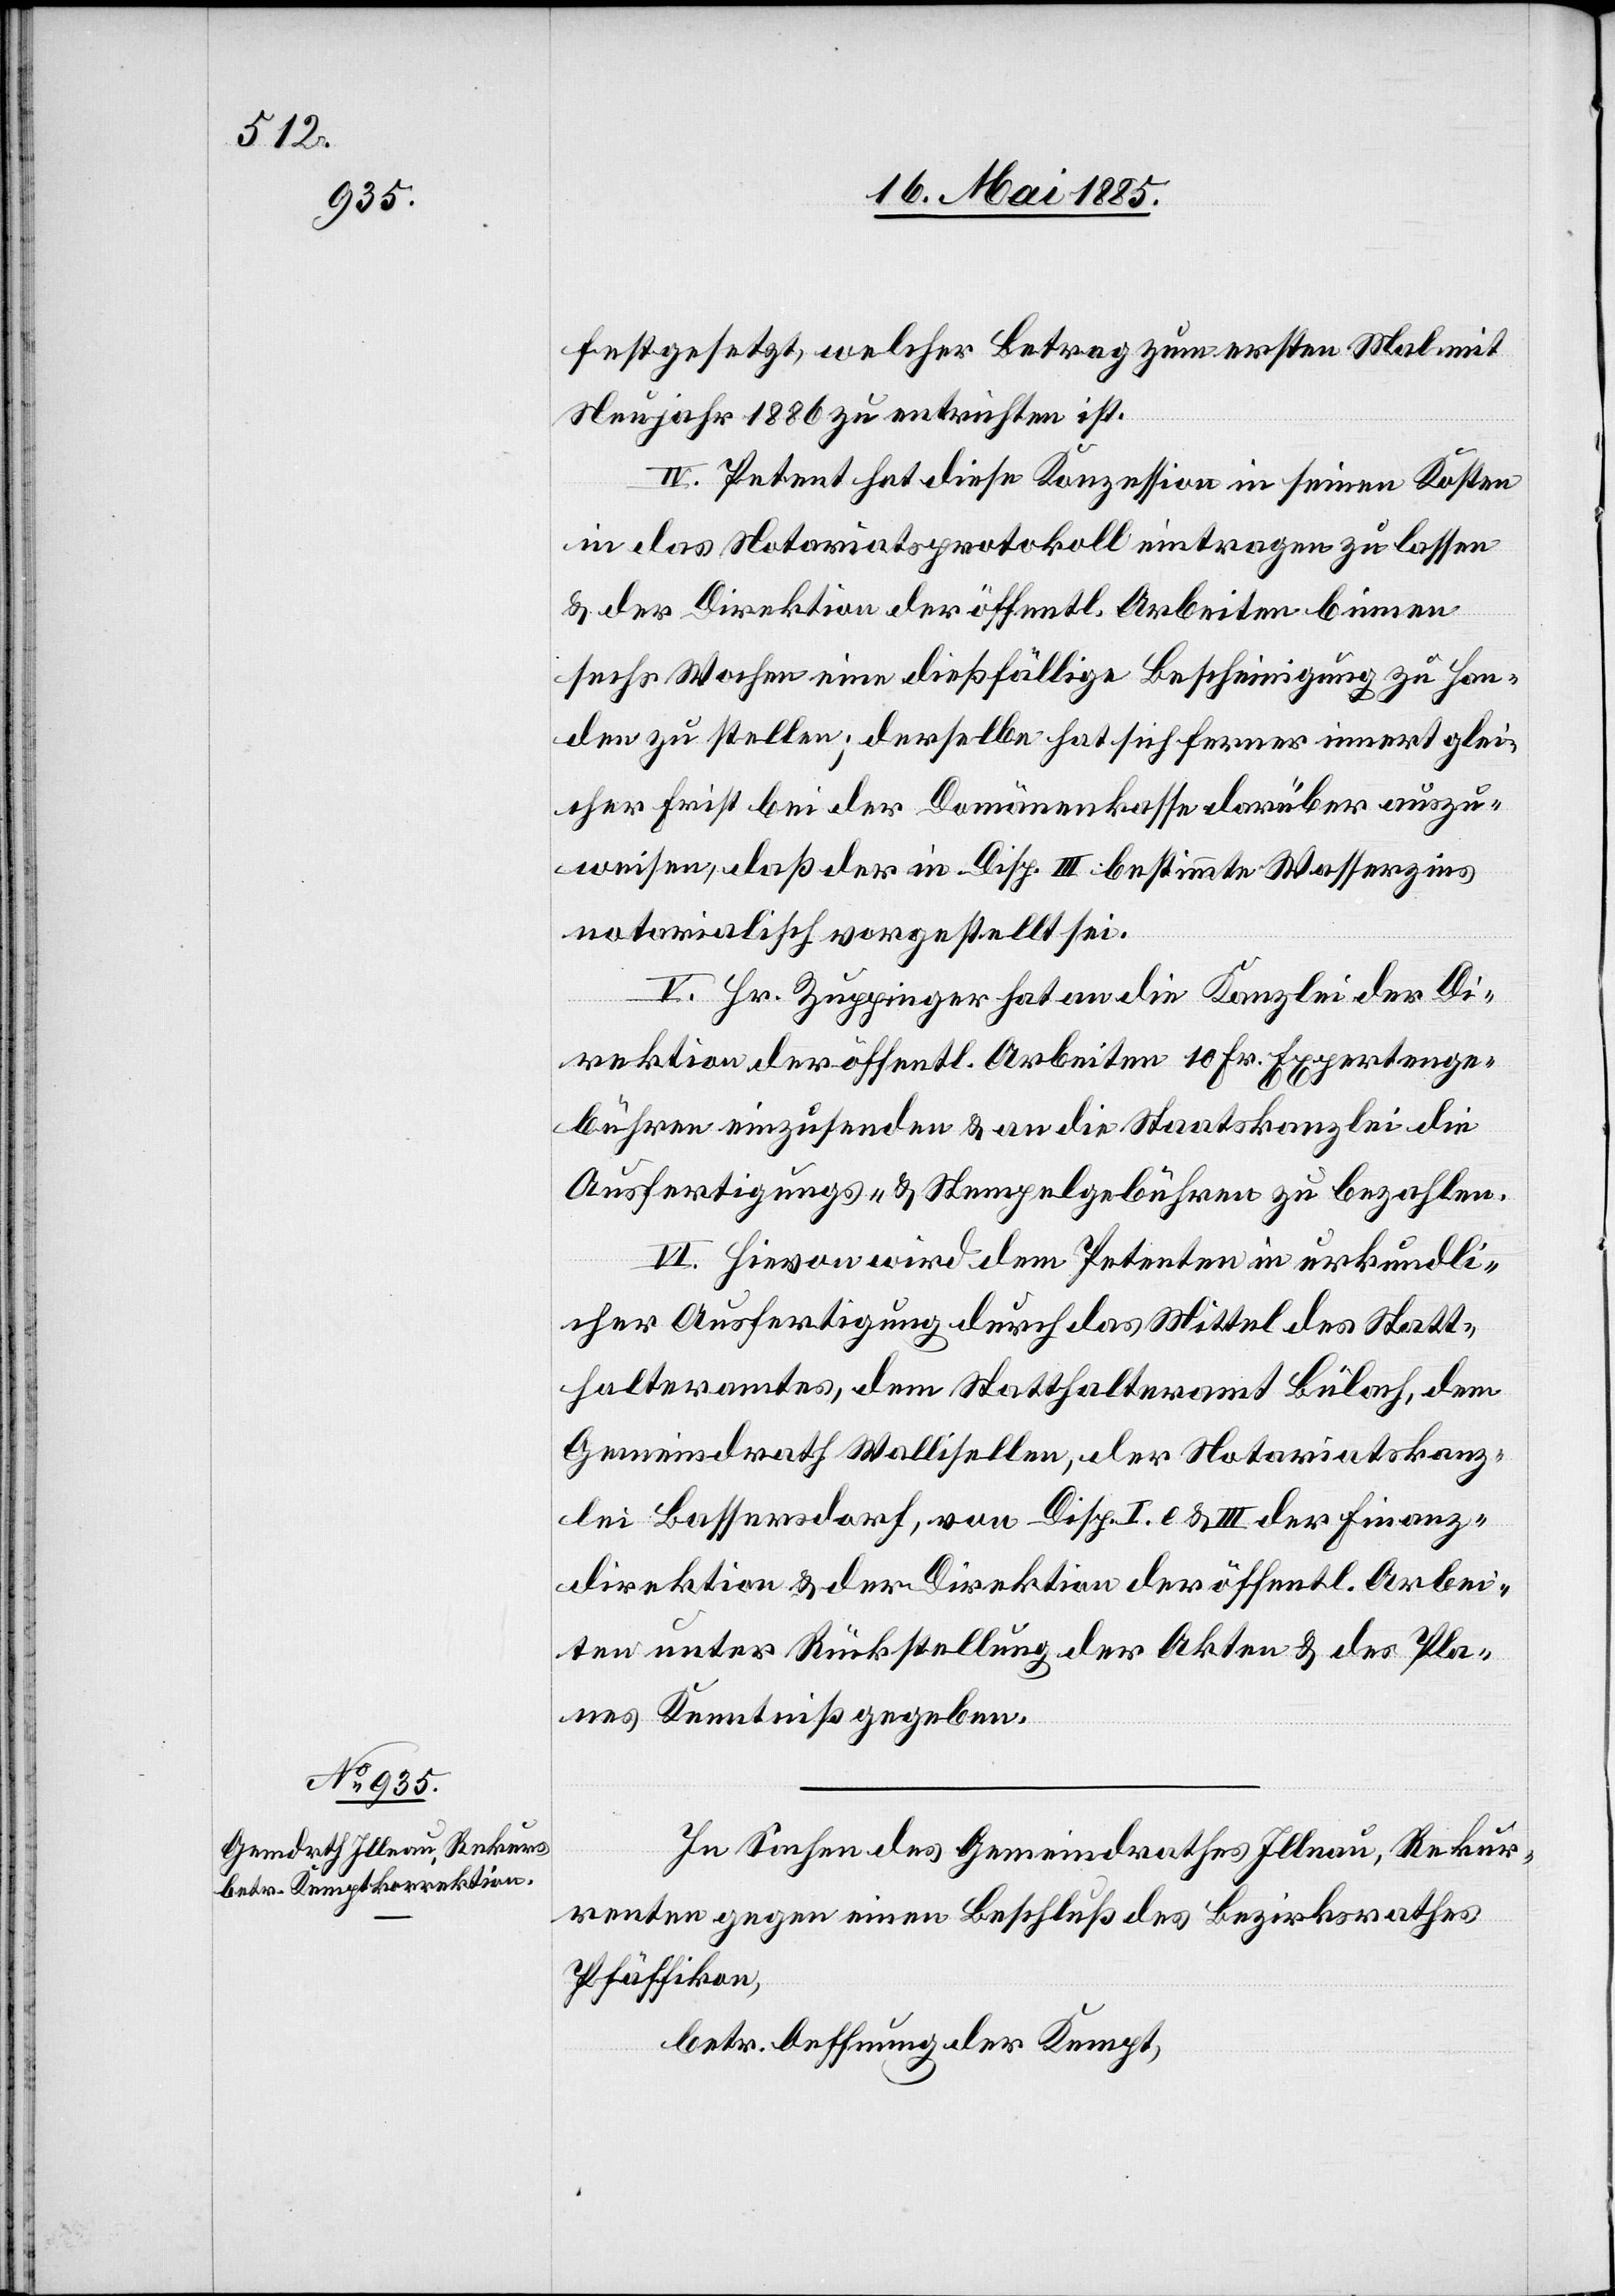
festgesetzt, welcher Betrag zum ersten Mal mit
Neujahr 1886 zu entrichten ist.
IV. Petent hat diese Konzession in seinen Kosten
in das Notariatsprotokoll eintragen zu lassen
& der Direktion der öffentl. Arbeiten binnen
sechs Wochen eine dießfällige Bescheinigung zu Han¬
den zu stellen; derselbe hat sich ferner innert glei¬
cher Frist bei der Domänenkasse darüber auszu¬
weisen, daß der in Disp. III bestimmte Wasserzins
notarialisch vorgestellt sei.
V. Hr. Zuppinger hat an die Kanzlei der Di¬
rektion der öffentl. Arbeiten 10 Fr. Expertenge¬
bühren einzusenden & an die Staatskanzlei die
Ausfertigungs- & Stempelgebühren zu bezahlen.
VI. Hievon wird dem Petenten in urkundli¬
cher Ausfertigung durch das Mittel des Statt¬
halteramtes, dem Statthalteramt Bülach, dem
Gemeindrath Wallisellen, der Notariatskanz¬
lei Bassersdorf, von Disp. I e & III der Finanz¬
direktion & der Direktion der öffentl. Arbei¬
ten unter Rückstellung der Akten & des Pla¬
nes Kenntniß gegeben.
In Sachen des Gemeindrathes Illnau, Rekur¬
renten gegen einen Beschluß des Bezirksrathes
Pfäffikon,
betr. Oeffnung der Kempt,